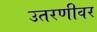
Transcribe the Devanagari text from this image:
उतरणीवर